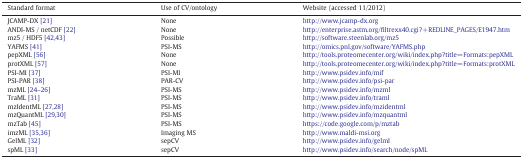
<table><thead><tr><td><b>Standard format</b></td><td><b>Use of CV/ontology</b></td><td><b>Website (accessed 11/2012)</b></td></tr></thead><tbody><tr><td>JCAMP-DX [21]</td><td>None</td><td>http://www.jcamp-dx.org</td></tr><tr><td>ANDI-MS / netCDF [22]</td><td>None</td><td>http://enterprise.astm.org/filtrexx40.cgi?+REDLINE_PAGES/E1947.htm</td></tr><tr><td>mz5 / HDF5 [42,43]</td><td>Possible</td><td>http://software.steenlab.org/mz5</td></tr><tr><td>YAFMS [41]</td><td>PSI-MS</td><td>http://omics.pnl.gov/software/YAFMS.php</td></tr><tr><td>pepXML [56]</td><td>None</td><td>http://tools.proteomecenter.org/wiki/index.php?title=Formats:pepXML</td></tr><tr><td>protXML [57]</td><td>None</td><td>http://tools.proteomecenter.org/wiki/index.php?title=Formats:protXML</td></tr><tr><td>PSI-MI [37]</td><td>PSI-MI</td><td>http://www.psidev.info/mif</td></tr><tr><td>PSI-PAR [38]</td><td>PAR-CV</td><td>http://www.psidev.info/psi-par</td></tr><tr><td>mzML [24–26]</td><td>PSI-MS</td><td>http://www.psidev.info/mzml</td></tr><tr><td>TraML [31]</td><td>PSI-MS</td><td>http://www.psidev.info/traml</td></tr><tr><td>mzIdentML [27,28]</td><td>PSI-MS</td><td>http://www.psidev.info/mzidentml</td></tr><tr><td>mzQuantML [29,30]</td><td>PSI-MS</td><td>http://www.psidev.info/mzquantml</td></tr><tr><td>mzTab [45]</td><td>PSI-MS</td><td>https://code.google.com/p/mztab</td></tr><tr><td>imzML [35,36]</td><td>Imaging MS</td><td>http://www.maldi-msi.org</td></tr><tr><td>GelML [32]</td><td>sepCV</td><td>http://www.psidev.info/gelml</td></tr><tr><td>spML [33]</td><td>sepCV</td><td>http://www.psidev.info/search/node/spML</td></tr></tbody></table>